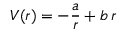
V ( r ) = - { \frac { a } { r } } + b \, r